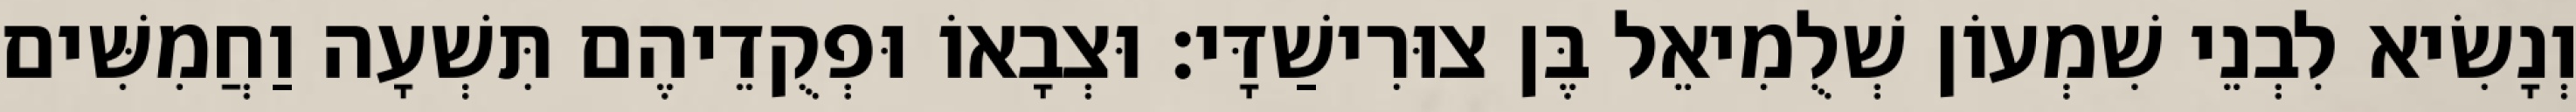
וְנָשִׂיא לִבְנֵי שִׁמְעוֹן שְׁלֻמִיאֵל בֶּן צוּרִישַׁדָּי׃ וּצְבָאוֹ וּפְקֻדֵיהֶם תִּשְׁעָה וַחֲמִשִּׁים